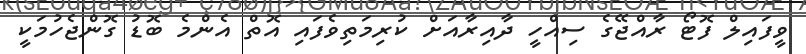
ވީފައިލް ފޮޓޯ ރާއްޖޭގެ ސިއްހީ ދާއިރާއަށް ކުރިމަތިވެފައި އޮތް އެންމެ ބޮޑު ގޮންޖެހުމަކީ